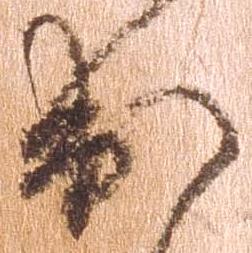
出